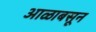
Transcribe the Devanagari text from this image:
आळाबसून